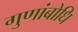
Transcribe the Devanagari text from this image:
गुणांबोधि